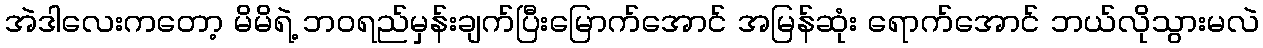
အဲဒါလေးကတော့ မိမိရဲ့ ဘဝရည်မှန်းချက်ပြီးမြောက်အောင် အမြန်ဆုံး ရောက်အောင် ဘယ်လိုသွားမလဲ